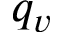
q _ { v }